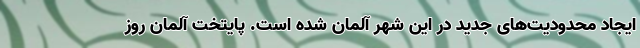
ایجاد محدودیت‌های جدید در این شهر آلمان شده است. پایتخت آلمان روز